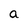
Character: a